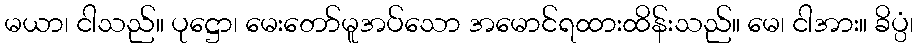
မယာ၊ ငါသည်။ ပုဋ္ဌော၊ မေးတော်မူအပ်သော အမောင်ရထားထိန်းသည်။ မေ၊ ငါအား။ ခိပ္ပံ၊